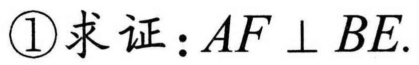
\(\textcircled{1}\)求证：\(AF\perp BE\).